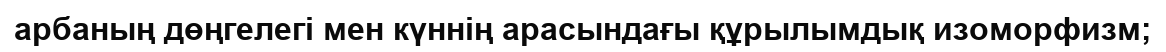
арбаның дөңгелегі мен күннің арасындағы құрылымдық изоморфизм;